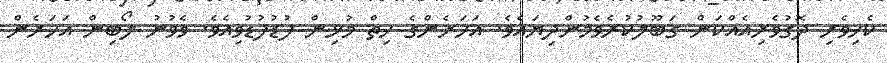
ކެހިވެރި ދޮގުވެރިއެއްކަން ގަބޫލުކުރެވެމުންދިޔައެވެ. އަހަރެންގެ ހިތް މުޅިން ފުޑުފުޑުވިއެވެ. ވެވުނު ލޯބިން އަހަރެން